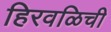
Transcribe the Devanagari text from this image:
हिरवळिची